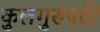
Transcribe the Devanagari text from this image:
कुलगुरुपदी